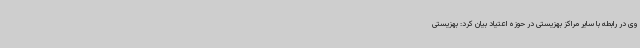
وی در رابطه با سایر مراکز بهزیستی در حوزه اعتیاد بیان کرد: بهزیستی